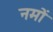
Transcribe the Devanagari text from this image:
नमों